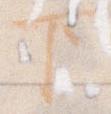
下